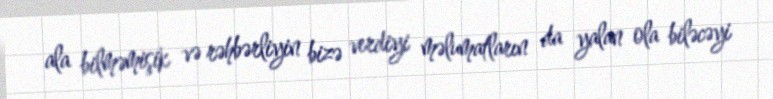
ala bilməmişik və rəhbərliyin bizə verdiyi məlumatların da yalan ola biləcəyi